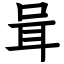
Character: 咠